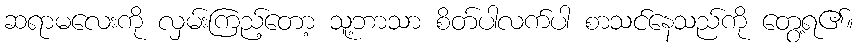
ဆရာမလေးကို လှမ်းကြည့်တော့ သူ့ဘာသာ စိတ်ပါလက်ပါ စာသင်နေသည်ကို တွေ့ရ၏။